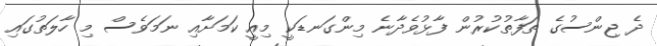
ދެ ޖިންސުގެ ތަފާތުކުރުން ފާޅުވެދާނެ މިންގަނޑަކީ މިއީ ކަމަށާއި ނަމަވެސް މި ހާލަތުގައި